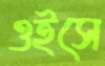
ওইসে